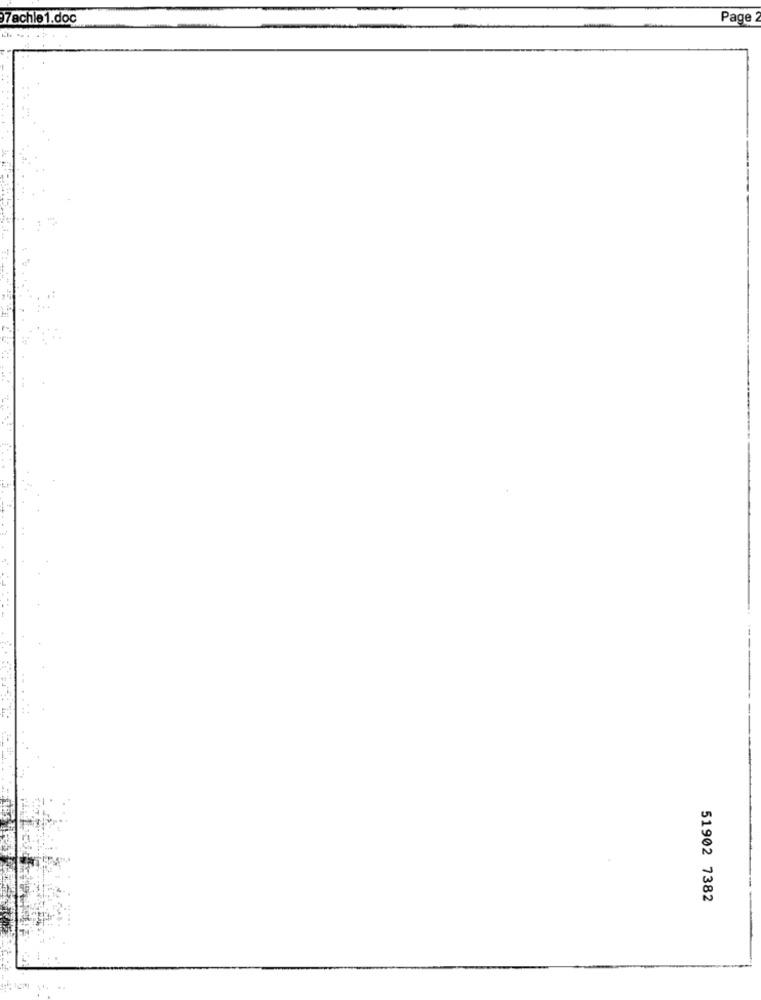
7achie1.doc
Page
51902 7382